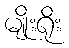
မျိုးရိုး